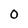
Character: O